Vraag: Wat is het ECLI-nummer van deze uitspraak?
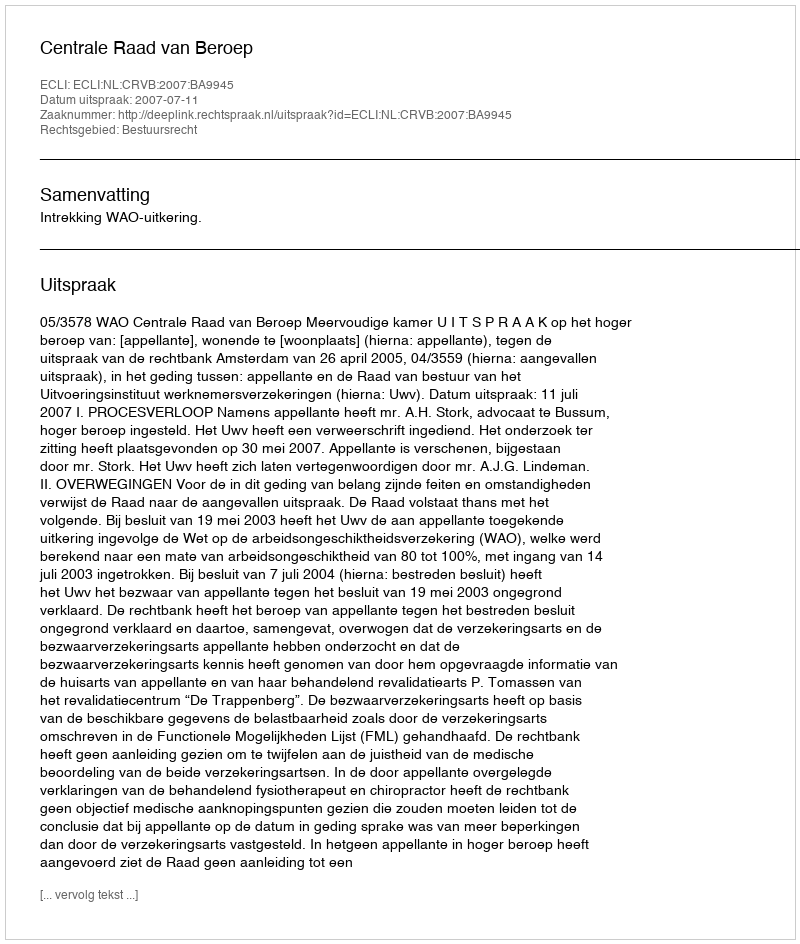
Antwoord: ECLI:NL:CRVB:2007:BA9945